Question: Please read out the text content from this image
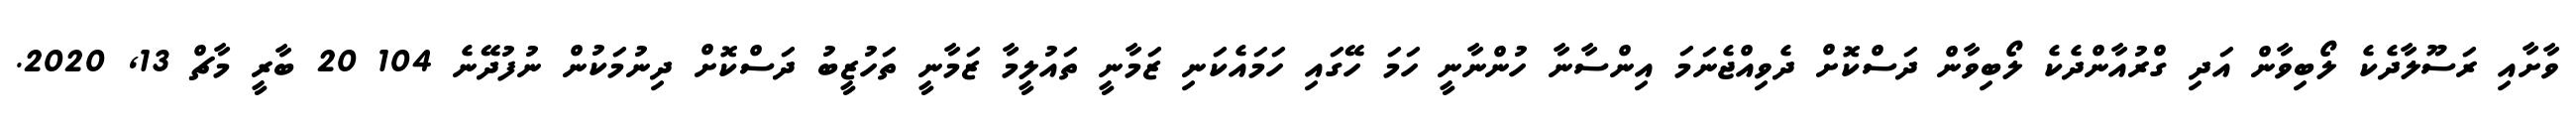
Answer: ވާށާއި ރަސޫލާދެކެ ލޯބިވާން އަދި ގްރުއާންދެކެ ލޯބިވާން ދަސްކޮށް ދެވިއްޖެނަމަ އިންސާނާ ހުންނާނީ ހަމަ ހޭގައި ހަމައެކަނި ޒަމާނީ ތައުލީމާ ޒަމާނީ ތަހުޒީބު ދަސްކޮށް ދިނުމަކުން ނުފުދޭނެ 104 20 ބާރީ މާޗް 13, 2020.